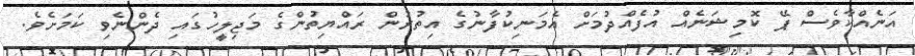
އަނެއްކާވެސް ޕޭ ކޮމިޝަނެއް އުފެއްދުމަށް އެމަނިކުފާނުގެ އިތުރުން ރައްޔިތުންގެ މަޖިލީހުގައި ދެންނެވި ކަމަށެވެ.